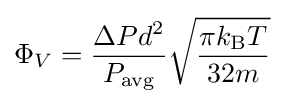
\Phi _{V}={\frac {\Delta Pd^{2}}{P_{\rm {avg}}}}{\sqrt {\frac {\pi k_{\text{B}}T}{32m}}}